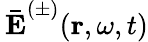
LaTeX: \mathbf{\, \bar{E}}^{(\pm)}(\mathbf{r},\omega,t)